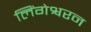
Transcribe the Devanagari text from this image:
लिंगेश्वरन